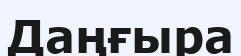
Даңғыра